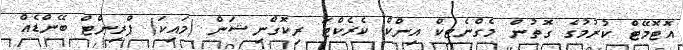
އޮޓޮމޭޓް ކުރުމުގެ ގޮތުން މެގްނެޓިކް އިންކް ކެރެކްޓަ ރިކޮގްނިޝަން (މައިކަ) ޕްރިންޓް ބޭންޑެއް